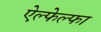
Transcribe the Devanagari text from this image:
ऐल्फेल्फा